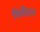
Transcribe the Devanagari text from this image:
मिलींदला